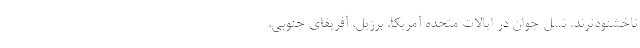
ناخشنودترند. نسل جوان در ایالات متحده آمریکا، برزیل، آفریقای جنوبی،